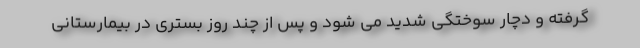
گرفته و دچار سوختگی شدید می شود و پس از چند روز بستری در بیمارستانی